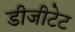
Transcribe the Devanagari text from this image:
डीजीटेट